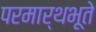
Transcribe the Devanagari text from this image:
परमार्थभूते